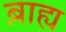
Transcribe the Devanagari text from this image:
ब़ाह्य